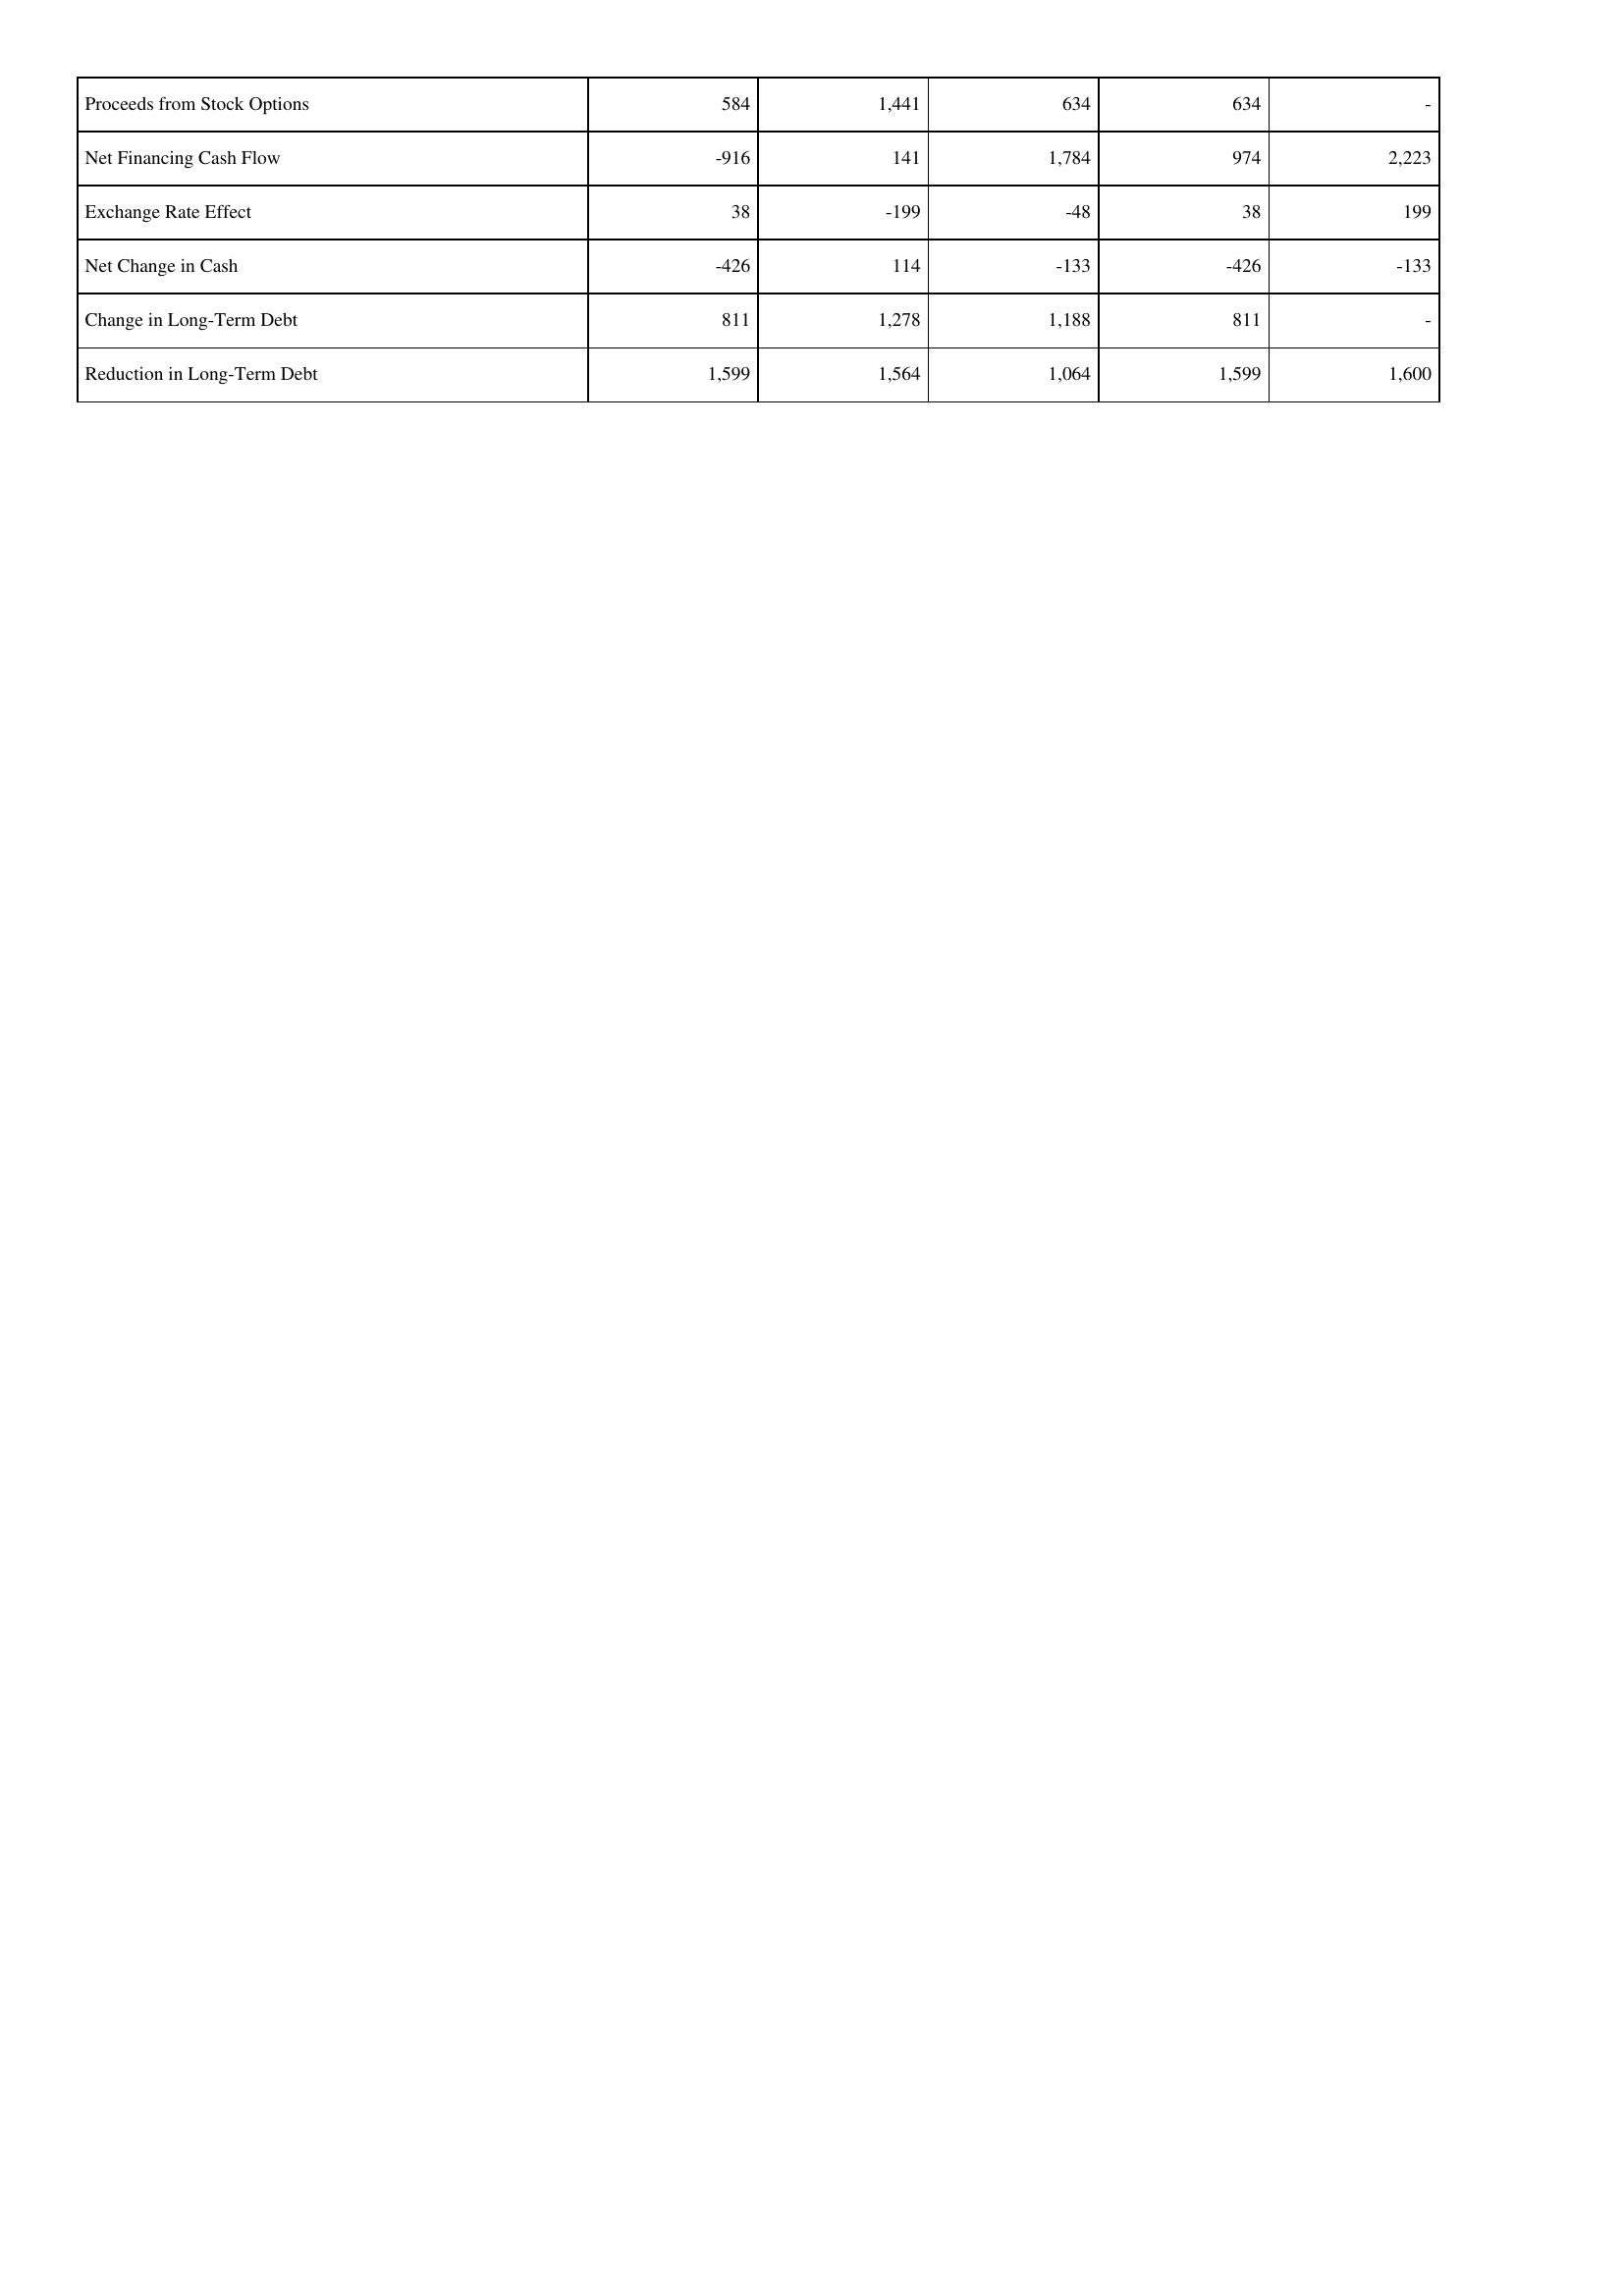
2015: Financing Activities: Proceeds from Stock Options: 584
Net Financing Cash Flow: -916
Exchange Rate Effect: 38
Net Change in Cash: -426
Change in Long-Term Debt: 811
Reduction in Long-Term Debt: 1,599
2014: Financing Activities: Proceeds from Stock Options: 1,441
Net Financing Cash Flow: 141
Exchange Rate Effect: -199
Net Change in Cash: 114
Change in Long-Term Debt: 1,278
Reduction in Long-Term Debt: 1,564
2013: Financing Activities: Proceeds from Stock Options: 634
Net Financing Cash Flow: 1,784
Exchange Rate Effect: -48
Net Change in Cash: -133
Change in Long-Term Debt: 1,188
Reduction in Long-Term Debt: 1,064
2012: Financing Activities: Proceeds from Stock Options: 634
Net Financing Cash Flow: 974
Exchange Rate Effect: 38
Net Change in Cash: -426
Change in Long-Term Debt: 811
Reduction in Long-Term Debt: 1,599
2011: Financing Activities: Proceeds from Stock Options: -
Net Financing Cash Flow: 2,223
Exchange Rate Effect: 199
Net Change in Cash: -133
Change in Long-Term Debt: -
Reduction in Long-Term Debt: 1,600